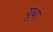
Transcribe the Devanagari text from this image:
युबा